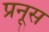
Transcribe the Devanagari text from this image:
प्रनूस